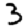
Digit: 3